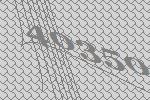
40350